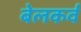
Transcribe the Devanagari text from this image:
बेलकर्व